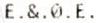
E.&.0.E.